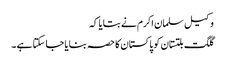
وکیل سلمان اکرم نے بتایا کہ
گلگت بلتستان کو پاکستان کا حصہ بنایا جا سکتا ہے ۔